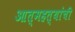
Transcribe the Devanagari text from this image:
आत्महत्यांची